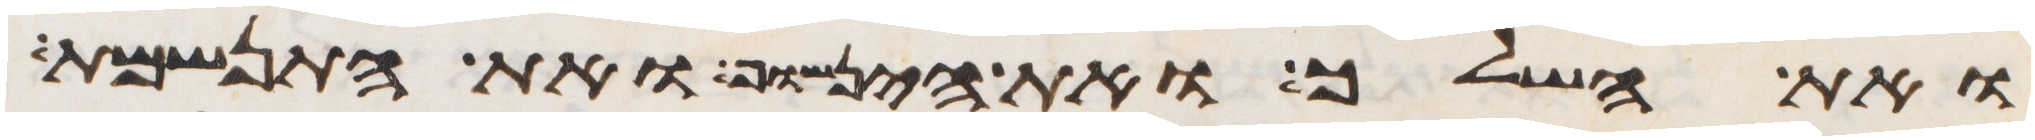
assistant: ואת השלך ואת הינשוף ואת התנשמת